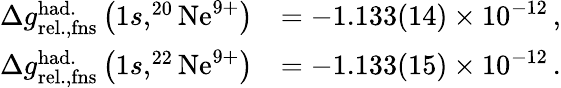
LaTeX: \begin{array}{rl}{\Delta g_{\mathrm{rel.,fns}}^{\mathrm{had.}}\left(1s,^{20}\mathrm{Ne}^{9+}\right)}&{=-1.133(14)\times 10^{-12}\, ,}\\ {\Delta g_{\mathrm{rel.,fns}}^{\mathrm{had.}}\left(1s,^{22}\mathrm{Ne}^{9+}\right)}&{=-1.133(15)\times 10^{-12}\, .}\end{array}